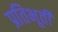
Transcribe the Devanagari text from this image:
प्रतिभूती